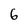
Character: G